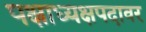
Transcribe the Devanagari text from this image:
पक्षाध्यक्षपदावर